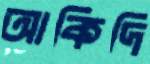
আকিদি